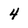
Character: 4